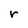
Character: r